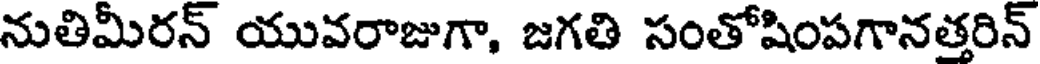
నుతిమీరన్ యువరాజుగా, జగతి సంతోషింపగానత్తరిన్